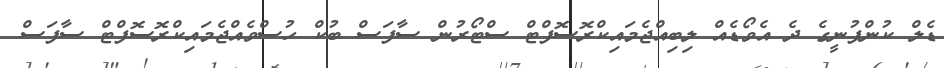
ޑެލް ކުންފުނީގެ ދެ އެވޯޑެއް ލިބިއްޖެމައިކްރޮސޮފްޓް ސްޓޯރުން ސާފަސް ބުކް ހުސްވެއްޖެމައިކްރޮސޮފްޓް ސާފަސް